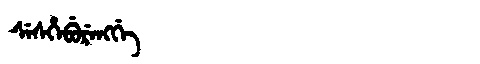
Manchu: ᠰᡝᠰᡥᡝᠪᡠᡵᡝᠩᡤᡝ
Romanization: SESHEBURENGGE